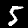
Digit: 5